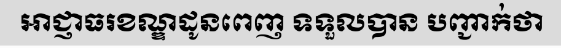
អាជ្ញាធរខណ្ឌដូនពេញ ទទួលបាន បញ្ជាក់ថា